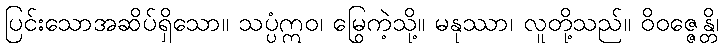
ပြင်းသောအဆိပ်ရှိသော။ သပ္ပံဣဝ၊ မြွေကဲ့သို့။ မနုဿာ၊ လူတို့သည်။ ဝိဝဇ္ဇေန္တိ၊